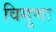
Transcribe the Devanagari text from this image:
विगुणः